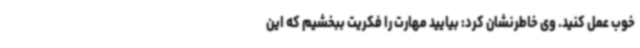
خوب عمل کنید. وی خاطرنشان کرد: بیایید مهارت را فکریت ببخشیم که این